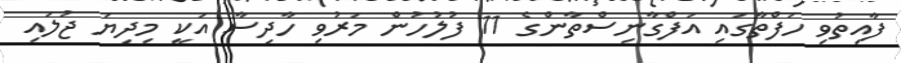
ފާއިތުވި ހަފްތާގައި އަފްގާނިސްތާންގެ 11 ފުލުހުން މަރުވި ހާދިސާ އަކީ މިދިޔަ ޖުލައި